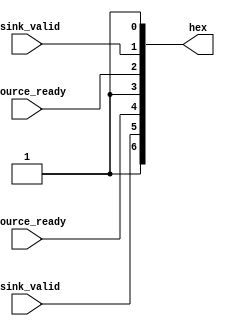
module status_hex(output reg[6:0] hex, input lsource_ready, input rsource_ready, input lsink_valid, input rsink_valid);
	always @*
	begin
		hex = {1'b1, lsink_valid, lsource_ready, 1'b1, rsource_ready, rsink_valid, 1'b1};
	end
endmodule